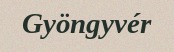
Gyöngyvér